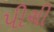
પીચી